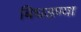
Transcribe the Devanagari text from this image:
बिघडण्या